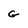
Character: G